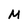
Character: M